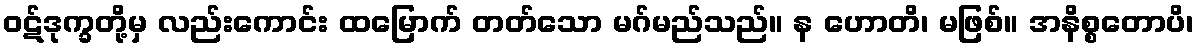
ဝဋ်ဒုက္ခတို့မှ လည်းကောင်း ထမြောက် တတ်သော မဂ်မည်သည်။ န ဟောတိ၊ မဖြစ်။ အနိစ္စတောပိ၊